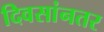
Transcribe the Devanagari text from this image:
दिवसांनतर